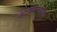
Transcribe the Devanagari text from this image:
कथनलाघव